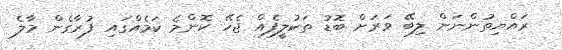
ރައްޔިތުންނަން ލިބޭ ވަރަށް ބޮޑު ތަކުލީފެއް ޖެހޭ ކޮންމެ ކަމެއްގައި ފުރާގެން މާލެ